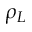
\rho _ { L }